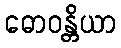
ဓောဝန္တိယာ